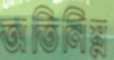
অতিনিম্ন